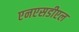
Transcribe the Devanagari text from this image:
एनएसडीएल